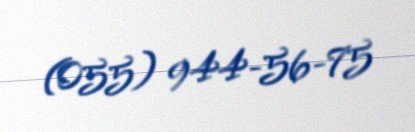
(055) 944-56-75